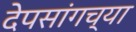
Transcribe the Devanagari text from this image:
देपसांगच्या